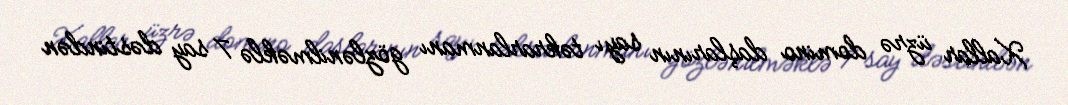
Xallar üzrə domino daşlarının sayı təkrarlanmanı gözlənilməklə 7 say dəstindən